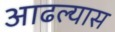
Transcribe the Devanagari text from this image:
आढल्यास